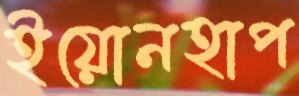
ইয়োনহাপ